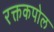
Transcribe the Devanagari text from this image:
रक्तकपोल